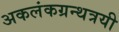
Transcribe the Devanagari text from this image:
अकलंकग्रन्थत्रयी